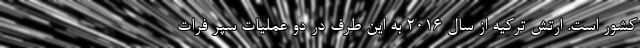
کشور است. ارتش ترکیه از سال ٢٠١۶ به این طرف در دو عملیات سپر فرات